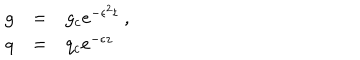
LaTeX: \begin{array} { r c l } { { g } } & { { = } } & { { g _ { c } e ^ { - \epsilon ^ { 2 } t } \ , } } \\ { { q } } & { { = } } & { { q _ { c } e ^ { - \epsilon z } \ } } \\ \end{array}